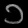
Digit: ၁